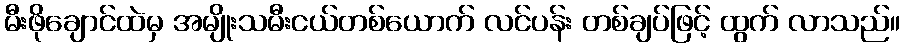
မီးဖိုချောင်ထဲမှ အမျိုးသမီးငယ်တစ်ယောက် လင်ပန်း တစ်ချပ်ဖြင့် ထွက် လာသည်။